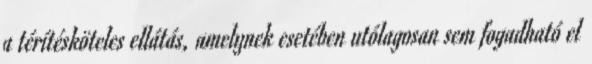
a térítésköteles ellátás, amelynek esetében utólagosan sem fogadható el